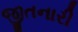
જીતનારી